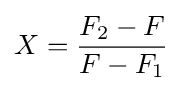
X={\frac {F_{2}-F}{F-F_{1}}}